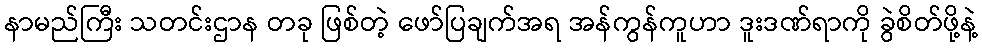
နာမည်ကြီး သတင်းဌာန တခု ဖြစ်တဲ့ ဖော်ပြချက်အရ အန်ကွန်ကူဟာ ဒူးဒဏ်ရာကို ခွဲစိတ်ဖို့နဲ့